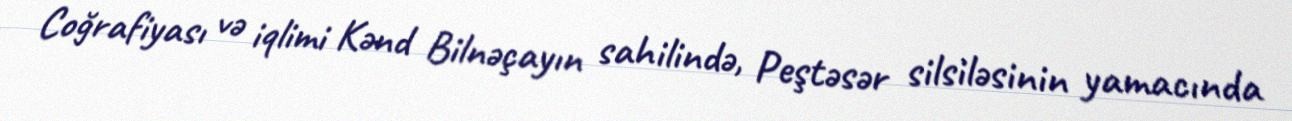
Coğrafiyası və iqlimi Kənd Bilnəçayın sahilində, Peştəsər silsiləsinin yamacında